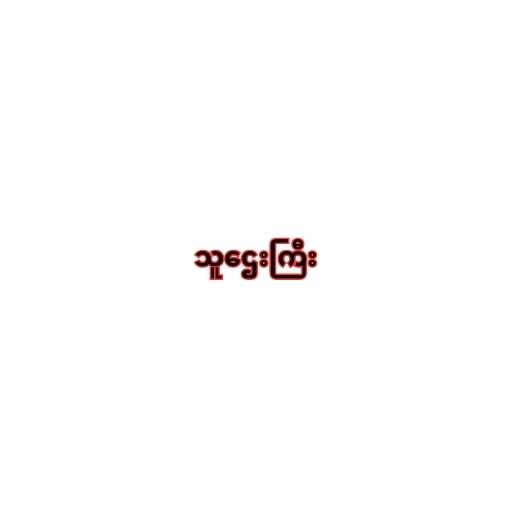
သူဌေးကြီး